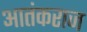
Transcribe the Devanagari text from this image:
आतंकराज